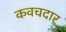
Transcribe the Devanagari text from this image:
कवचदार